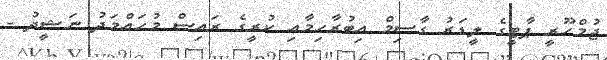
ޖުމްހޫރީ ޕާޓީގެ ލީޑަރު ގާސިމް އިބުރާހިމާއި ކުރީގެ ރައިސް މުހައްމަދު ނަޝީދު -